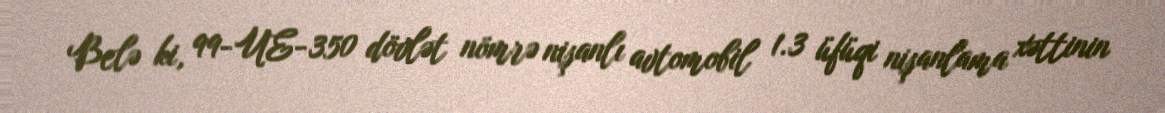
Belə ki, 99-UE-350 dövlət nömrə nişanlı avtomobil 1.3 üfüqi nişanlama xəttinin